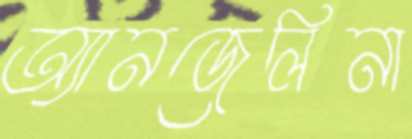
অ্যানজেলিনা